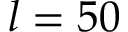
l = 5 0